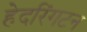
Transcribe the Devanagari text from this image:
हेदरिंगटन